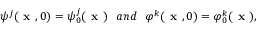
\psi ^ { j } ( \textbf { x } , 0 ) = \psi _ { 0 } ^ { j } ( \textbf { x } ) ~ ~ a n d ~ ~ \varphi ^ { k } ( \textbf { x } , 0 ) = \varphi _ { 0 } ^ { k } ( \textbf { x } ) ,